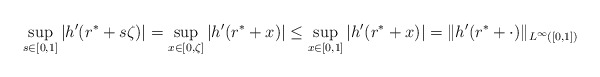
\begin{align*}\sup_{s\in[0,1]}|h'(r^* + s \zeta)| = \sup_{x\in[0,\zeta]} |h'(r^* + x)| \leq \sup_{x\in[0,1]} |h'(r^* + x)| = \|h'(r^*+\cdot)\|_{L^{\infty}([0,1])}\end{align*}